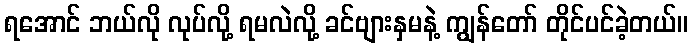
ရအောင် ဘယ်လို လုပ်လို့ ရမလဲလို့ ခင်ဗျားနှမနဲ့ ကျွန်တော် တိုင်ပင်ခဲ့တယ်။